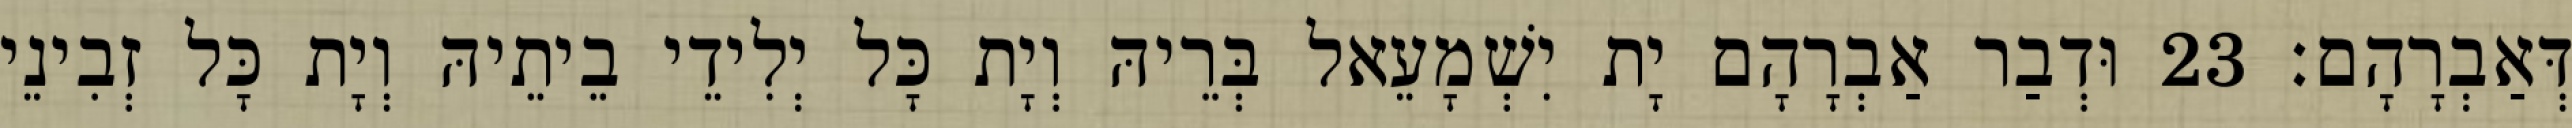
דְּאַבְרָהָם׃ 23 וּדְבַר אַבְרָהָם יָת יִשְׁמָעֵאל בְּרֵיהּ וְיָת כָּל יְלִידֵי בֵיתֵיהּ וְיָת כָּל זְבִינֵי